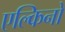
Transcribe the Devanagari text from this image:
एल्किनो